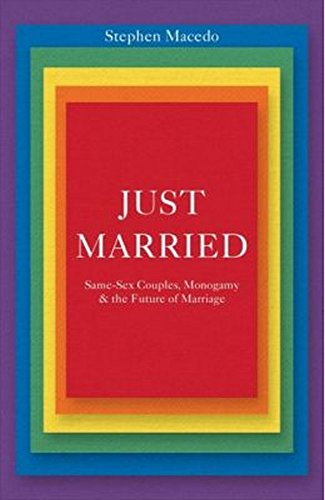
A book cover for Just Married: Same-Sex Couples, Monogamy, and the Future of Marriage; Stephen Macedo; Gay & Lesbian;